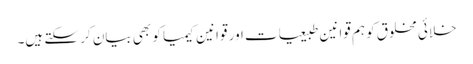
خلائی مخلوق کو ہم قوانین طبیعیات اور قوانین کیمیا کو بھی بیان کر سکتے ہیں۔